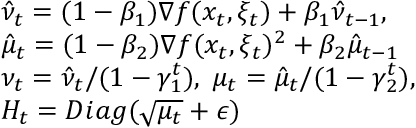
\begin{array} { r l } & { \hat { \nu } _ { t } = ( 1 - \beta _ { 1 } ) \nabla f ( x _ { t } , \xi _ { t } ) + \beta _ { 1 } \hat { \nu } _ { t - 1 } , } \\ & { \hat { \mu } _ { t } = ( 1 - \beta _ { 2 } ) \nabla f ( x _ { t } , \xi _ { t } ) ^ { 2 } + \beta _ { 2 } \hat { \mu } _ { t - 1 } } \\ & { \nu _ { t } = \hat { \nu } _ { t } / ( 1 - \gamma _ { 1 } ^ { t } ) , \; \mu _ { t } = \hat { \mu } _ { t } / ( 1 - \gamma _ { 2 } ^ { t } ) , } \\ & { H _ { t } = D i a g ( \sqrt { \mu _ { t } } + \epsilon ) } \end{array}